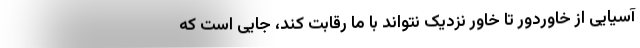
آسیایی از خاوردور تا خاور نزدیک نتواند با ما رقابت کند، جایی است که